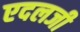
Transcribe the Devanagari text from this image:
एदलजी